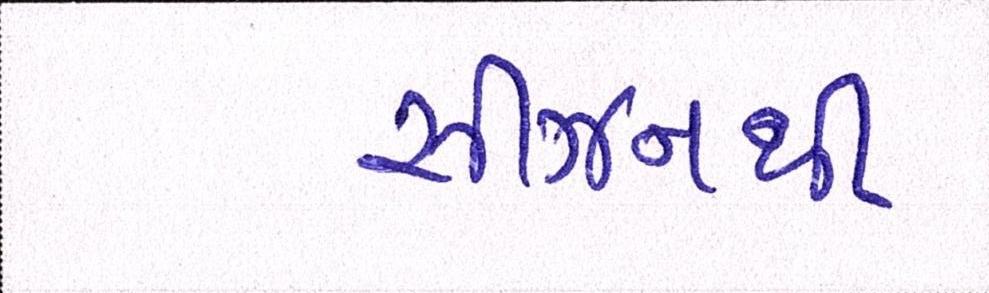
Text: સીઝનથી